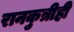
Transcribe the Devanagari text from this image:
रानकुत्रीही